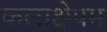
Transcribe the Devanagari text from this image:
कलाक्षेपम